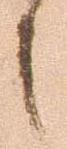
之